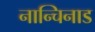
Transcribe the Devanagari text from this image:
नान्चिनाड